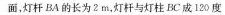
面，灯杆BA的长为2m，灯杆与灯柱BC成120度